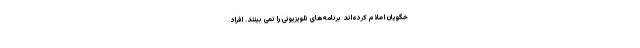
خگویان اعلام کرده‌­اند برنامه‌­های تلویزیونی را نمی ­بینند. افراد